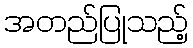
အတည်ပြုသည့်